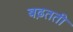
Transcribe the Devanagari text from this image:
बढ़तती